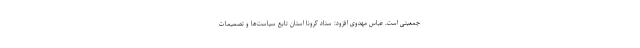
جمعیتی است. عباس مهدوی افزود: ستاد کرونا استان تابع سیاست‌ها و تصمیمات